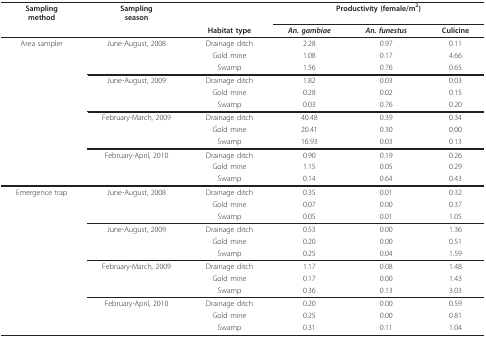
<table><thead><tr><td><b>Samplingmethod</b></td><td><b>Samplingseason</b></td><td></td><td colspan="3"><b>Productivity (female/m<sup>2</sup>)</b></td></tr><tr><td></td><td></td><td><b>Habitat type</b></td><td><b><i>An. gambiae</i></b></td><td><b><i>An. funestus</i></b></td><td><b>Culicine</b></td></tr></thead><tbody><tr><td>Area sampler</td><td>June-August, 2008</td><td>Drainage ditch</td><td>2.28</td><td>0.97</td><td>0.11</td></tr><tr><td></td><td></td><td>Gold mine</td><td>1.08</td><td>0.17</td><td>4.66</td></tr><tr><td></td><td></td><td>Swamp</td><td>1.56</td><td>0.76</td><td>0.65</td></tr><tr><td></td><td>June-August, 2009</td><td>Drainage ditch</td><td>1.82</td><td>0.03</td><td>0.03</td></tr><tr><td></td><td></td><td>Gold mine</td><td>0.28</td><td>0.02</td><td>0.15</td></tr><tr><td></td><td></td><td>Swamp</td><td>0.03</td><td>0.76</td><td>0.20</td></tr><tr><td></td><td>February-March, 2009</td><td>Drainage ditch</td><td>40.48</td><td>0.39</td><td>0.34</td></tr><tr><td></td><td></td><td>Gold mine</td><td>20.41</td><td>0.30</td><td>0.00</td></tr><tr><td></td><td></td><td>Swamp</td><td>16.93</td><td>0.03</td><td>0.13</td></tr><tr><td></td><td>February-April, 2010</td><td>Drainage ditch</td><td>0.90</td><td>0.19</td><td>0.26</td></tr><tr><td></td><td></td><td>Gold mine</td><td>1.15</td><td>0.05</td><td>0.29</td></tr><tr><td></td><td></td><td>Swamp</td><td>0.14</td><td>0.64</td><td>0.43</td></tr><tr><td>Emergence trap</td><td>June-August, 2008</td><td>Drainage ditch</td><td>0.35</td><td>0.01</td><td>0.32</td></tr><tr><td></td><td></td><td>Gold mine</td><td>0.07</td><td>0.00</td><td>0.37</td></tr><tr><td></td><td></td><td>Swamp</td><td>0.05</td><td>0.01</td><td>1.05</td></tr><tr><td></td><td>June-August, 2009</td><td>Drainage ditch</td><td>0.53</td><td>0.00</td><td>1.36</td></tr><tr><td></td><td></td><td>Gold mine</td><td>0.20</td><td>0.00</td><td>0.51</td></tr><tr><td></td><td></td><td>Swamp</td><td>0.25</td><td>0.04</td><td>1.59</td></tr><tr><td></td><td>February-March, 2009</td><td>Drainage ditch</td><td>1.17</td><td>0.08</td><td>1.48</td></tr><tr><td></td><td></td><td>Gold mine</td><td>0.17</td><td>0.00</td><td>1.43</td></tr><tr><td></td><td></td><td>Swamp</td><td>0.36</td><td>0.13</td><td>3.03</td></tr><tr><td></td><td>February-April, 2010</td><td>Drainage ditch</td><td>0.20</td><td>0.00</td><td>0.59</td></tr><tr><td></td><td></td><td>Gold mine</td><td>0.25</td><td>0.00</td><td>0.81</td></tr><tr><td></td><td></td><td>Swamp</td><td>0.31</td><td>0.11</td><td>1.04</td></tr></tbody></table>